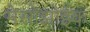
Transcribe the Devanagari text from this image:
मेसोझोईक